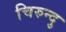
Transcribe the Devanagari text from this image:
चिरुन्दु